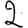
Digit: 2